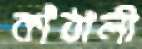
কাঁঠালী